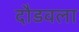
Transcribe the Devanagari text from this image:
दौडवला